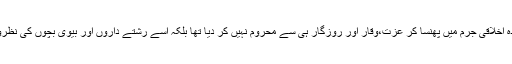
اس نے اسے ایک ناکردہ اخلاقی جرم میں پھنسا کر عزت،وقار اور روزگار ہی سے محروم نہیں کر دیا تھا بلکہ اسے رشتے داروں اور بیوی بچوں کی نظروں میں بھی گرا دیا تھا۔